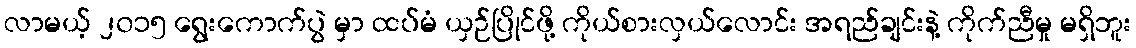
လာမယ့် ၂၀၁၅ ရွေးကောက်ပွဲ မှာ ထပ်မံ ယှဉ်ပြိုင်ဖို့ ကိုယ်စားလှယ်လောင်း အရည်ချင်းနဲ့ ကိုက်ညီမှု မရှိဘူး